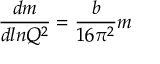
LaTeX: { \frac { d m } { d l n { Q ^ { 2 } } } } = { \frac { b } { 1 6 { \pi } ^ { 2 } } } m